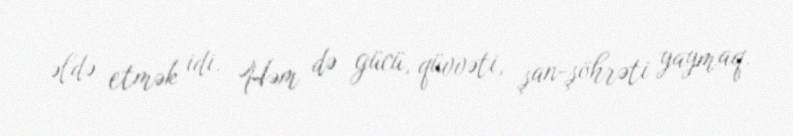
əldə etmək idi. Həm də gücü, qüvvəti, şan-şöhrəti yaymaq.